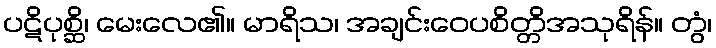
ပဋိပုစ္ဆိ၊ မေးလေ၏။ မာရိသ၊ အချင်းဝေပစိတ္တိအသုရိန်။ တွံ၊